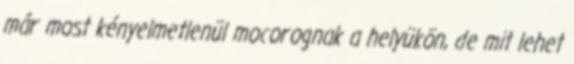
már most kényelmetlenül mocorognak a helyükön, de mit lehet